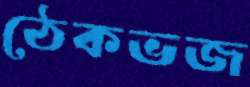
ঠেকভজ